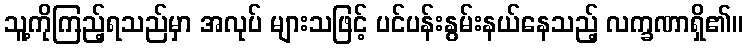
သူ့ကိုကြည့်ရသည်မှာ အလုပ် များသဖြင့် ပင်ပန်းနွမ်းနယ်နေသည့် လက္ခဏာရှိ၏။